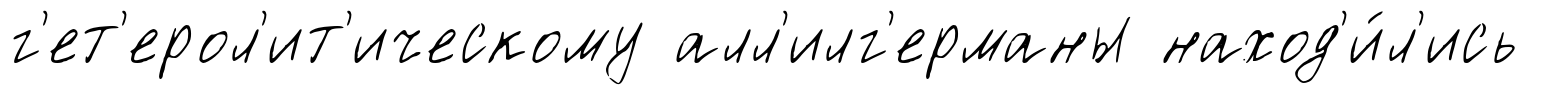
г'ет'ерол'ит'ическому алл'илг'ерманы наход'и́л'ись